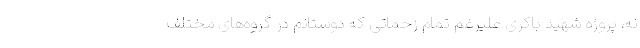
نه، پروژه شهید باکری علیرغم تمام زحماتی که دوستانم در گروه‌های مختلف